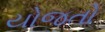
યોજતો